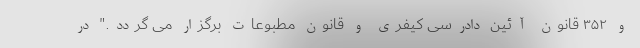
و ۳۵۲ قانون آئین دادرسی کیفری و قانون مطبوعات برگزار می گردد." در